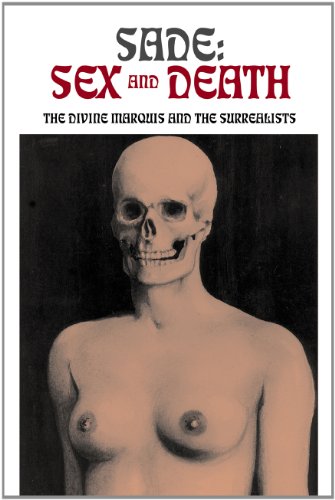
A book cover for Sade: Sex and Death: The Divine Marquis and the Surrealists (Solar Books - Solar Erotik Archive); Arts & Photography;